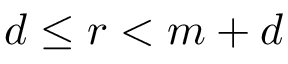
d \leq r < m + d